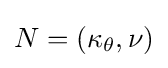
N=(\kappa _{\theta },\nu )